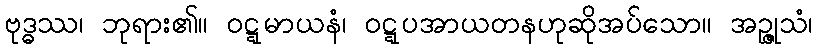
ဗုဒ္ဓဿ၊ ဘုရား၏။ ဝဋ္ဋမာယနံ၊ ဝဋ္ဋပအာယတနဟုဆိုအပ်သော။ အဉ္ဇုသံ၊